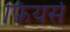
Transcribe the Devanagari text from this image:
फियर्स